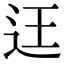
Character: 迋